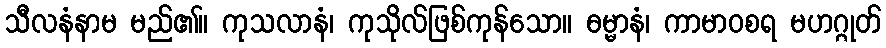
သီလနံနာမ မည်၏။ ကုသလာနံ၊ ကုသိုလ်ဖြစ်ကုန်သော။ ဓမ္မာနံ၊ ကာမာဝစရ မဟဂ္ဂုတ်